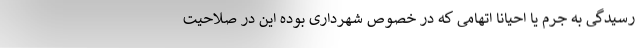
رسیدگی به جرم یا احیاناً اتهامی که در خصوص شهرداری بوده این در صلاحیت